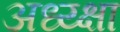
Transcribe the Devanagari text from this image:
अध्य्क्षा